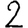
Digit: 2